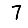
Digit: 7